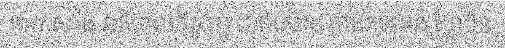
ការកសាង អភិបាលកិច្ច ល្អ ជាពិសេស ការកែទម្រង់ ស្ថាប័ន